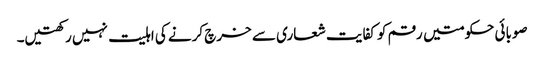
صوبائی حکومتیں رقم کو کفایت شعاری سے خرچ کرنے کی اہلیت نہیں رکھتیں۔